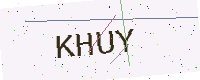
Text: KHUY